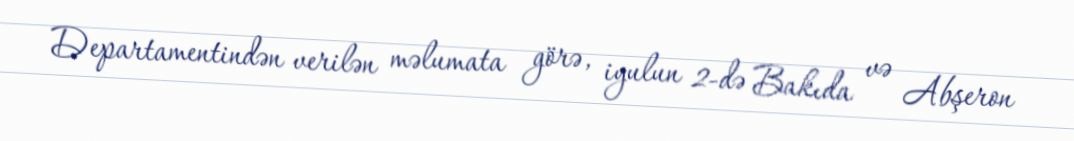
Departamentindən verilən məlumata görə, iyulun 2-də Bakıda və Abşeron